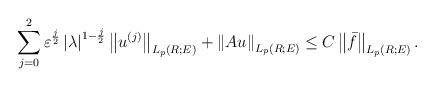
LaTeX: \begin{align*}\sum\limits_{j=0}^{2}\varepsilon ^{\frac{j}{2}}\left\vert \lambda\right\vert ^{1-\frac{j}{2}}\left\Vert u^{\left( j\right) }\right\Vert_{L_{p}\left( R;E\right) }+\left\Vert Au\right\Vert _{L_{p}\left( R;E\right)}\leq C\left\Vert \bar{f}\right\Vert _{L_{p}\left( R;E\right) }. \end{align*}